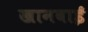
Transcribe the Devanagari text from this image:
खानबाई